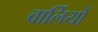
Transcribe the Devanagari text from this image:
वार्लियों